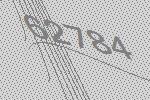
62784